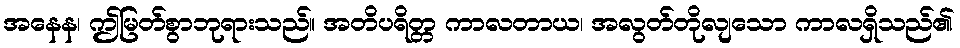
အနေန၊ ဤမြတ်စွာဘုရားသည်။ အတိပရိတ္တ ကာလတာယ၊ အလွတ်တိုလျသော ကာလရှိသည်၏